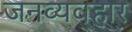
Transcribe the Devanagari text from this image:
जनव्यवहार